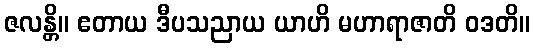
ဇလန္တိ။ ဧတာယ ဒီပသညာယ ယာဟိ မဟာရာဇာတိ ဝဒတိ။